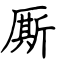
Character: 厮